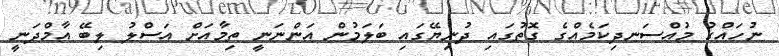
ނުހައްގު މުއްސަނދިކަމެއްގެ ގޮތުގައި ދުނިޔޭގައި ބަލަމުން އަންނަނީ ތިމާއަށް އަސްލު ލިބޭ އާމްދަނީ